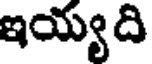
ఇయ్యది